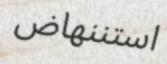
استننھاض